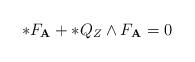
LaTeX: \begin{align*}\ast{F}_{\textbf{A}}+\ast{Q}_{Z}\wedge{F}_{\textbf{A}}=0\end{align*}